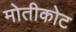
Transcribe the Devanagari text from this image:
मोतीकोट